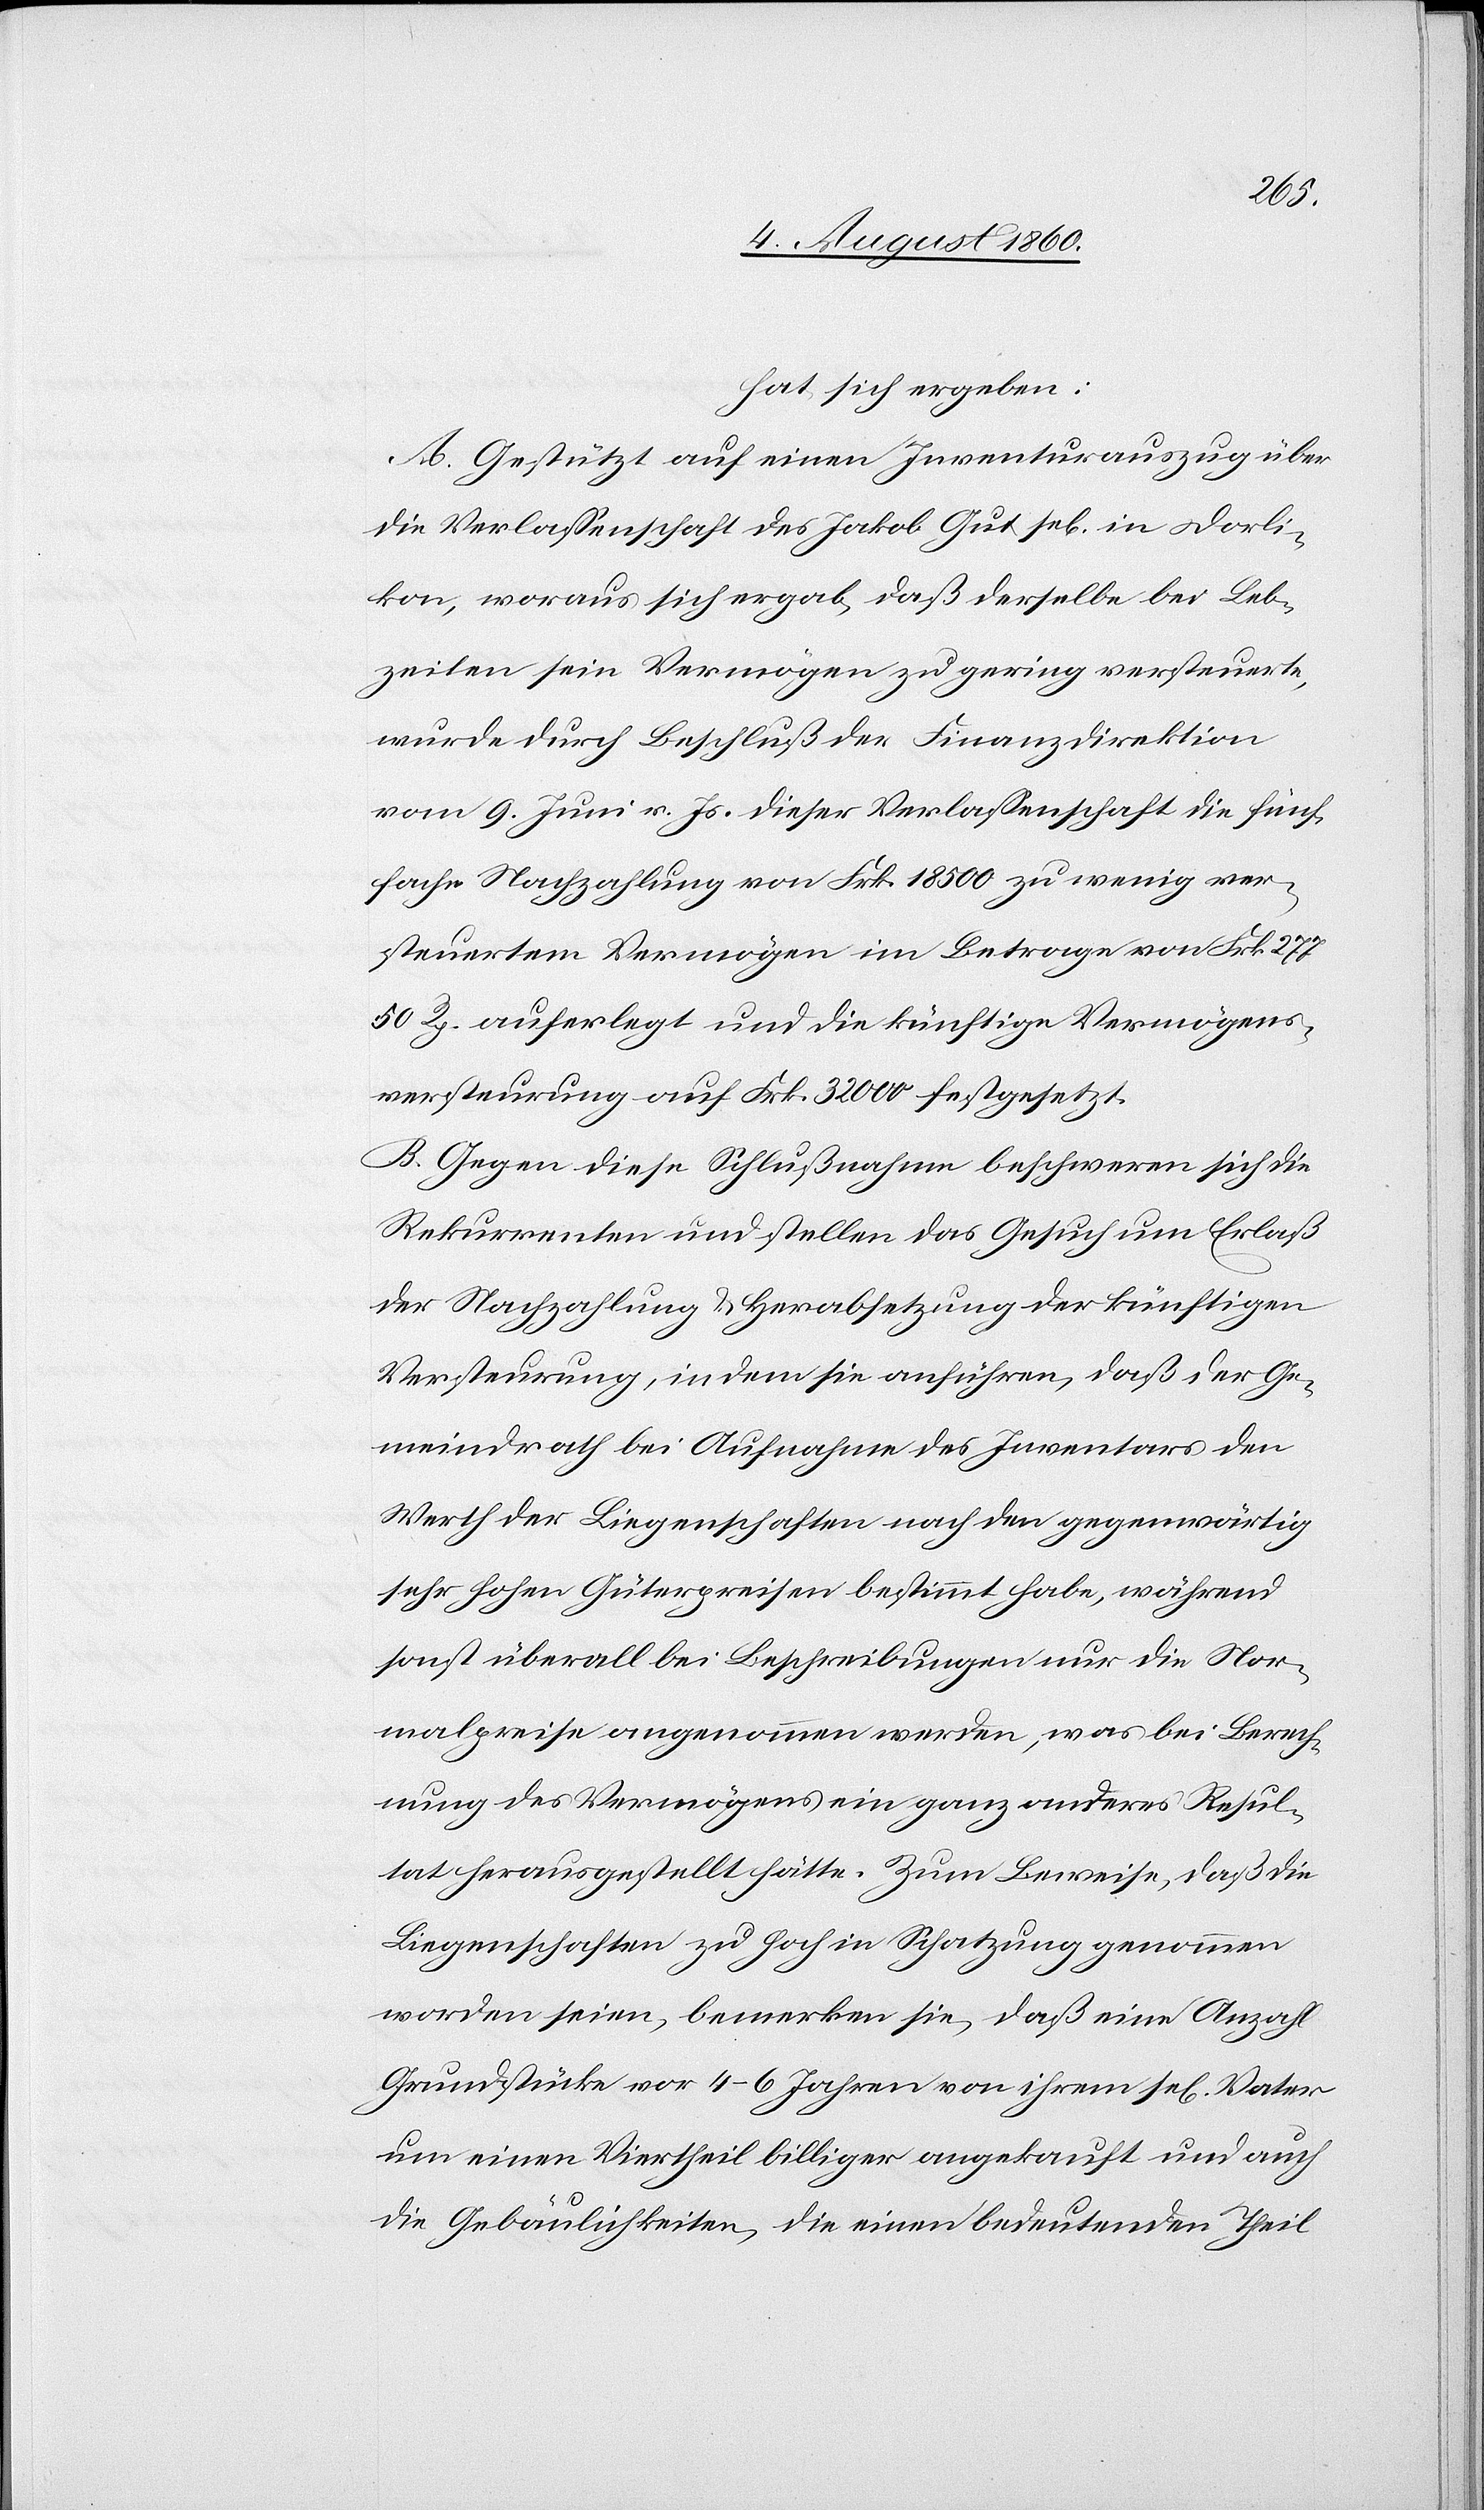
hat sich ergeben:
A. Gestützt auf einen Inventurauszug über
die Verlassenschaft des Jakob Gut sel. in Dorli¬
kon, woraus sich ergab, dass derselbe bei Leb¬
zeiten sein Vermögen zu gering versteuerte,
wurde durch Beschluss der Finanzdirektion
vom 9. Juni v. Js. dieser Verlassenschaft die fünf¬
fache Nachzahlung von Frk. 18,500 zu wenig ver¬
steuertem Vermögen im Betrage von Frk. 277.
50 Rp. auferlegt und die künftige Vermögens¬
versteurung auf fcs. 32 000 festgesetzt.
B. Gegen diese Schlussnahme beschwerden sich die
Rekurrenten und stellen das Gesuch um Erlass
der Nachzahlung u. Herabsetzung der künftigen
Versteurung, indem sie anführen, dass der Ge¬
meindrath bei Aufnahme des Inventars den
Werth der Liegenschaften nach den gegenwärtig
sehr hohen Güterpreisen bestimmt habe, während
sonst überall bei Beschreibungen nur die Nor¬
malpreise angenommen werden, was bei Berech¬
nung des Vermögens ein ganz anderes Resul¬
tat herausgestellt hätte. Zum Beweise, dass die
Liegenschaften zu hoch in Schatzung genommen
worden seien, bemerken sie, dass eine Anzahl
Grundstücke vor 4–6 Jahren von ihrem sel. Vater
um einen Viertheil billiger angekauft und auch
die Gebäulichkeiten, die einen bedeutenden Theil